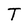
Character: T